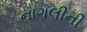
નાગલીની